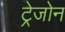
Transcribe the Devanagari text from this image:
ट्रेजोन